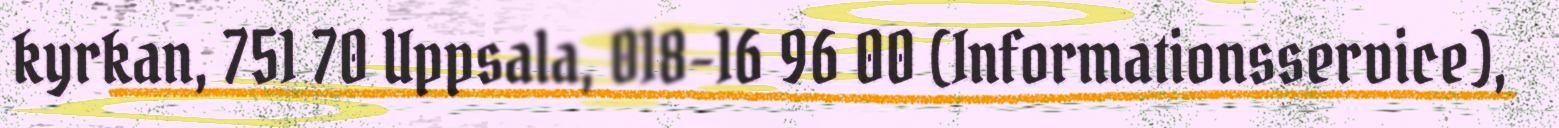
kyrkan, 751 70 Uppsala, 018-16 96 00 (Informationsservice),